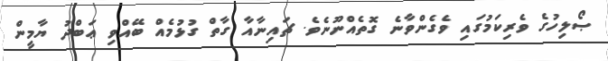
ޞޯލިހުގެ ވެރިކަމުގައި ވެގެންވާނެ ގޮތެއްނޫނެވެ. ޗައިނާއާ ގާތް ގުޅުމެއް ބޭއްވި ޢަބްދު ޔާމީން